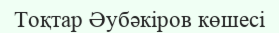
Тоқтар Әубәкіров көшесі